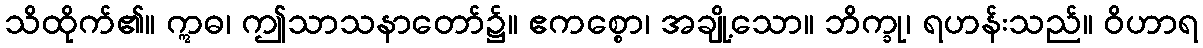
သိထိုက်၏။ ဣဓ၊ ဤသာသနာတော်၌။ ဧကစ္စော၊ အချို့သော။ ဘိက္ခု၊ ရဟန်းသည်။ ဝိဟာရ